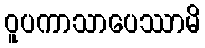
ဝူပကာသာပေဿာမိ